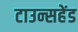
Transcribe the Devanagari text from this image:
टाउन्सहेंड